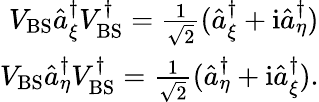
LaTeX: \begin{array}{r}{V_{\textrm{BS}}\hat{a}_{\xi}^{\dagger}V_{\textrm{BS}}^{\dagger}=\frac{1}{\sqrt{2}}(\hat{a}_{\xi}^{\dagger}+\mathrm{i}\hat{a}_{\eta}^{\dagger})}\\ {V_{\textrm{BS}}\hat{a}_{\eta}^{\dagger}V_{\textrm{BS}}^{\dagger}=\frac{1}{\sqrt{2}}(\hat{a}_{\eta}^{\dagger}+\mathrm{i}\hat{a}_{\xi}^{\dagger}).}\end{array}